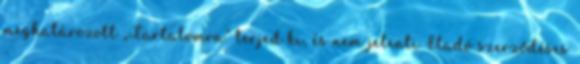
meghatározott „Tartalomra” terjed ki, és nem jelenti Eladó szerződéses